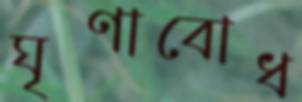
ঘৃণাবোধ